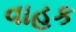
વાહક